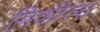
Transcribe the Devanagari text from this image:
मिशीला